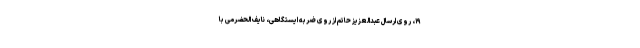
۱۹، روی ارسال عبدالعزیز حاتم از روی ضربه ایستگاهی، نایف الحضرمی با